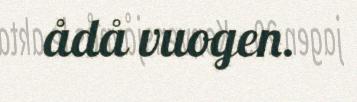
ådå vuogen.